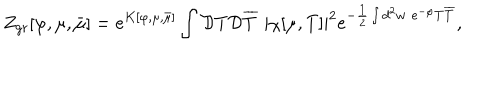
Z _ { \mathrm { g r } } [ \varphi , \mu , \bar { \mu } ] = e ^ { K [ \varphi , \mu , \bar { \mu } ] } \int { \cal D } T { \cal D } \overline { { { T } } } \, \, | \chi [ \mu , T ] | ^ { 2 } e ^ { - { \frac { 1 } { 2 } } \int d ^ { 2 } w \, \, e ^ { - \varphi } T \overline { { { T } } } } ,